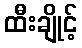
ထီးချိုင့်